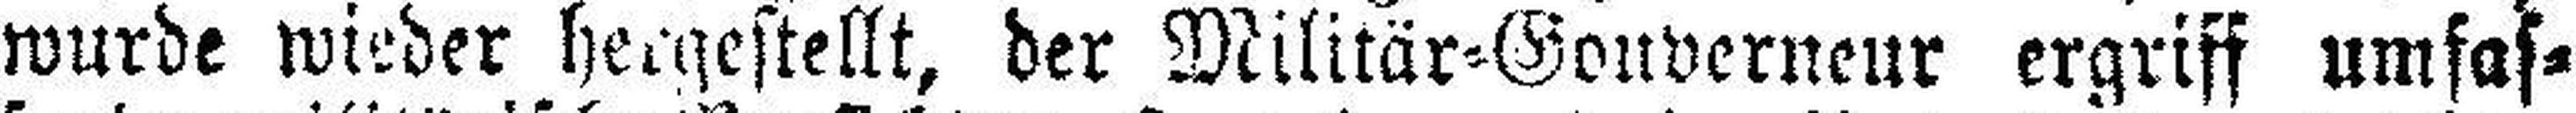
wurde wieder hergestellt, der Militär=Gouverneur ergriff umfas¬